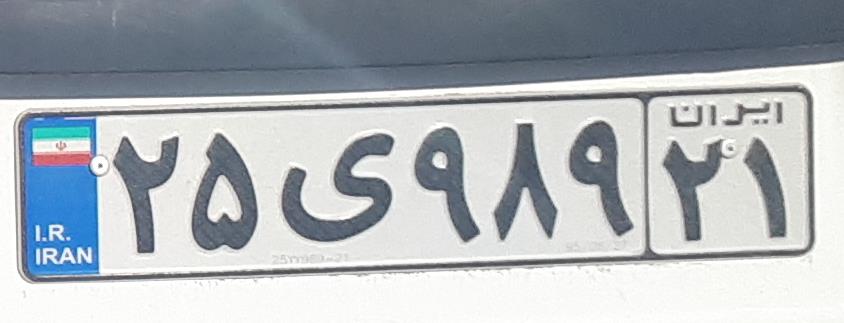
۲۵ی۹۸۹۲۱